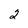
Character: 2